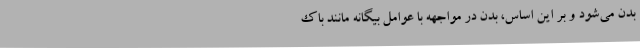
بدن می‌شود و بر این اساس، بدن در مواجهه با عوامل بیگانه مانند باک